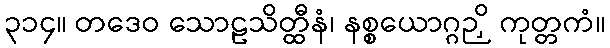
၃၁၄။ တဒေဝ သောဠသိတ္ထီနံ၊ နစ္စယောဂ္ဂဉှိ ကုတ္တကံ။